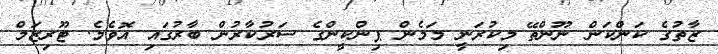
ޒާތުގެ ކަންކަން ނޫންތޭ މިކުރަނީ މަމެން ޕިންކީންގެ ސަރުކާރުން ބާރުގައި އޮވެމެ. ޓޫރިޒަމް